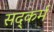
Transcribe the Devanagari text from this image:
सद्कर्म